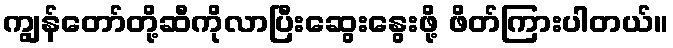
ကျွန်တော်တို့ဆီကိုလာပြီးဆွေးနွေးဖို့ ဖိတ်ကြားပါတယ်။